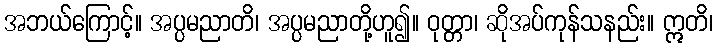
အဘယ်ကြောင့်။ အပ္ပမညာတိ၊ အပ္ပမညာတို့ဟူ၍။ ဝုတ္တာ၊ ဆိုအပ်ကုန်သနည်း။ ဣတိ၊